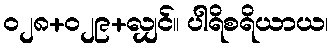
၀၂၈+၀၂၉+လျှင်။ ပါရိစရိယာယ၊